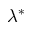
\lambda ^ { * }